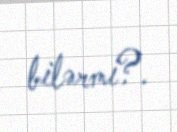
bilərmi?.